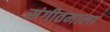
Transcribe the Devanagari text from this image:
संगीतमाला